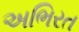
અભિરત